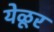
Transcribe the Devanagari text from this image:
येळूर